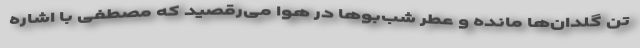
تن گلدان‌ها مانده و عطر شب‌بوها در هوا می‌رقصید که مصطفی با اشاره